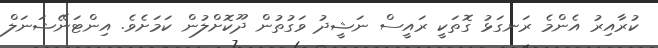
ކުރާއިރު އެންމެ ރަނގަޅު ގޮތަކީ ރައީސް ނަޝީދު ވަގުތުން ދޫކޮށްލުން ކަމަށެވެ. އިންޓަނޭޝަނަލް